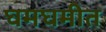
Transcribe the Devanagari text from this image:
घमघमीत